Scottish Leaving Certificate Examination, 1958
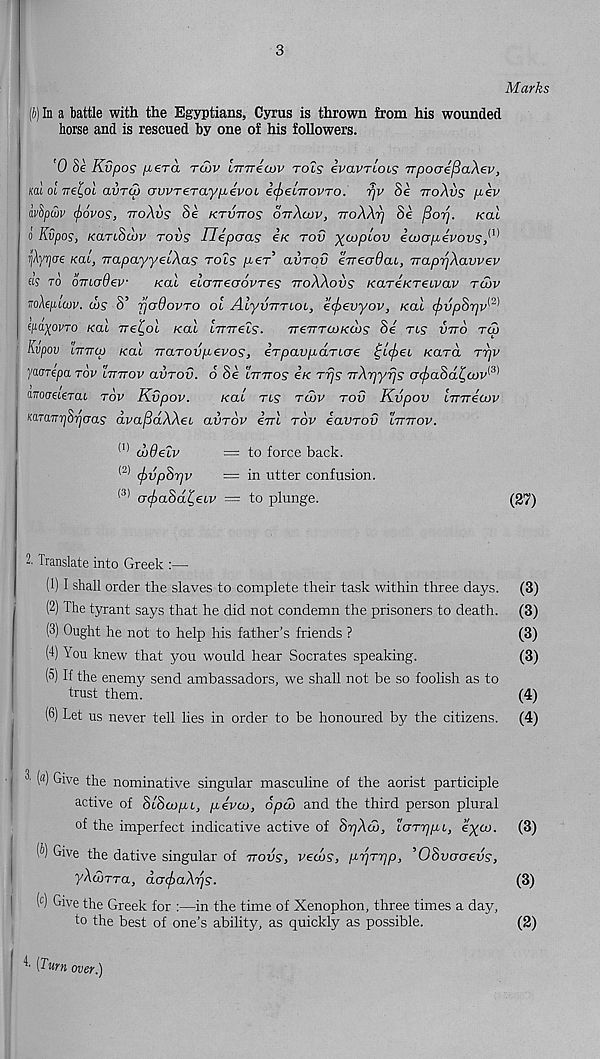
3
Marks
(b) In a battle with the Egyptians, Cyrus is thrown from his wounded
horse and is rescued by one of his followers.
'0 Se Kvpos per a tu>v LTnrecDV tols ivavrcoLS TTpocre^aXev,
m oi Tre^ol avrcu awrerayp-evoL €cf>€iTrovTO. rjv Se noXvs pev
hvbpwv <f>6vos, ttoXvs Se ktvttos ottXcov, ttoXXt] Se flori. kcli
o Kvpos, KariSuiv tovs Uepaas eK rov yaopiov eajapevovs,^
rj/iyrjoe /rat, napayyelXas tols per’ avrov eireodac, TraprjXavvev
as to omadev
/rat eloTTeaovTes ttoXXovs KareKTeivav tlov
noXepLwv. ws 8’ rjcrOovro ol AlyvvTLOL, ecjoevyov, /rat (fivpSrjv^
(pa^ovro /rat 7re£ot heal L-mrels. TreTTTOJKcbs Se ns vtto t<3
Kvpov tmTaj /rat vaTOvpevos, eTpavpdnoe ^LtfieL Kara rrjv
yaorepa rov lttttov avrov. 6 8e lttttos e/r rrjs TrXrjyrjs cr^iaSa^a)v <3)
mooeieTcu tov Kvpov.
kcil tls tCov tov Kvpov Lmrecvv
ma.TTtjSrjoas dvafidXXei avrov eVt tov eavTOv lttttov.
(I) dtOelv
= to force back.
<2) (fovpSrjv
= in utter confusion.
<3) <Tcf>a8d£,eLv = to plunge.
(27)
2. Translate into Greek :—
(1) I shall order the slaves to complete their task within three days. (3)
(2) The tyrant says that he did not condemn the prisoners to death. (3)
(3) Ought he not to help his father’s friends ?
(3)
(4) You knew that you would hear Socrates speaking.
(3)
(5) If the enemy send ambassadors, we shall not be so foolish as to
trust them.
(4)
(6) Let us never tell lies in order to be honoured by the citizens. (4)
2 («) Give the nominative singular masculine of the aorist participle
active of SiScopL, pevto, 6pu> and the third person plural
of the imperfect indicative active of SrjXu), lOTrjpL, eyco. (3)
® Ve the dative singular of ttovs, veclos, prjTrjp, ’OSvcroevs,
yXdjTTa, dcrcjiaXris.
(3)
(c) Give the Greek for :—in the time of Xenophon, three times a day,
to the best of one’s ability, as quickly as possible.
4' [Turn over.)
(2)